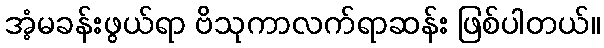
အံ့မခန်းဖွယ်ရာ ဗိသုကာလက်ရာဆန်း ဖြစ်ပါတယ်။